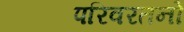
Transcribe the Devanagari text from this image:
परिवरतनों